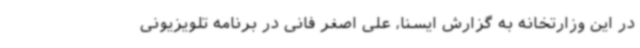
در این وزارتخانه به گزارش ایسنا، علی اصغر فانی در برنامه تلویزیونی